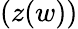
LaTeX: (z(w))